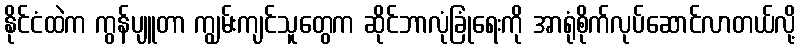
နိုင်ငံထဲက ကွန်ပျူတာ ကျွမ်းကျင်သူတွေက ဆိုင်ဘာလုံခြုံရေးကို အာရုံစိုက်လုပ်ဆောင်လာတယ်လို့